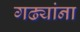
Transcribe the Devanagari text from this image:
गढ्यांना